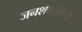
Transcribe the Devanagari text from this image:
जनशक्तीमधे